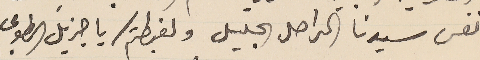
نفس سيدنا الراحل الجليل ولغبطتكم يا جزيل الطوبى